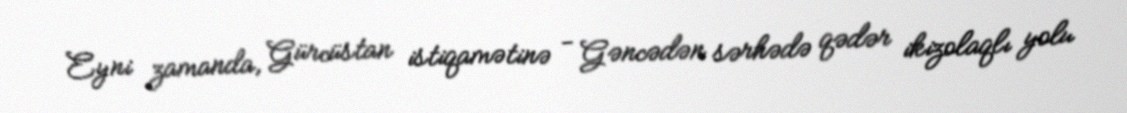
Eyni zamanda, Gürcüstan istiqamətinə - Gəncədən sərhədə qədər ikizolaqlı yolu